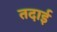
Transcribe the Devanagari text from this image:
तदाई